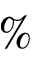
\%